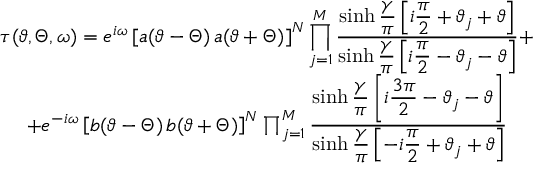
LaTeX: \begin{array} { c } { { \displaystyle \tau ( \vartheta , \Theta , \omega ) = e ^ { i \omega } \left[ a ( \vartheta - \Theta ) \, a ( \vartheta + \Theta ) \right] ^ { N } \prod _ { j = 1 } ^ { M } \displaystyle \frac { \sinh \displaystyle \frac { \gamma } { \pi } \left[ i \displaystyle \frac { \pi } { 2 } + \vartheta _ { j } + \vartheta \right] } { \sinh \displaystyle \frac { \gamma } { \pi } \left[ i \displaystyle \frac { \pi } { 2 } - \vartheta _ { j } - \vartheta \right] } + } } \\ { { + e ^ { - i \omega } \left[ b ( \vartheta - \Theta ) \, b ( \vartheta + \Theta ) \right] ^ { N } \prod _ { j = 1 } ^ { M } \displaystyle \frac { \sinh \displaystyle \frac { \gamma } { \pi } \left[ i \displaystyle \frac { 3 \pi } { 2 } - \vartheta _ { j } - \vartheta \right] } { \sinh \displaystyle \frac { \gamma } { \pi } \left[ - i \displaystyle \frac { \pi } { 2 } + \vartheta _ { j } + \vartheta \right] } } } \end{array}